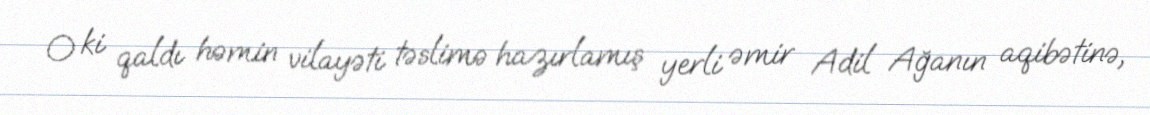
O ki qaldı həmin vilayəti təslimə hazırlamış yerli əmir Adil Ağanın aqibətinə,